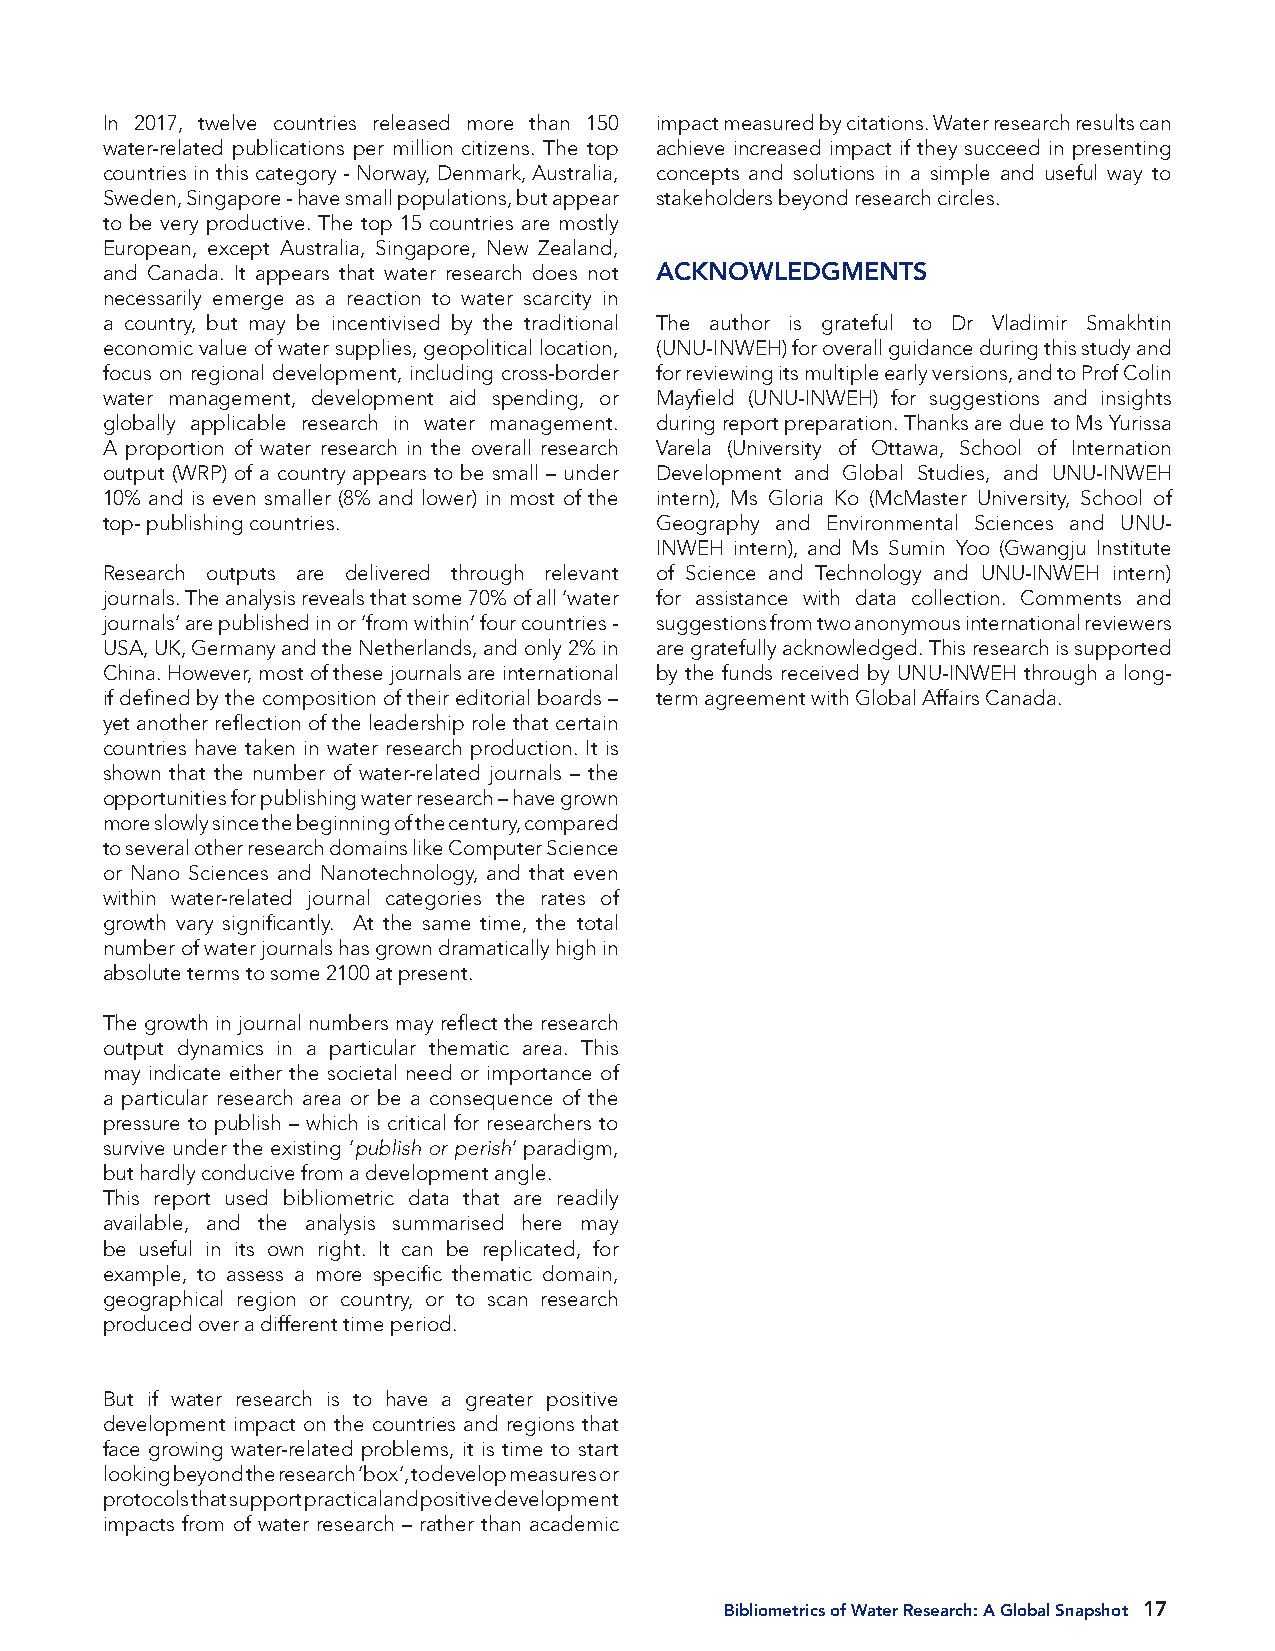
In 2017, twelve countries released more than 150 impact measured by citations. Water research results can
 water-related publications per million citizens. The top achieve increased impact if they succeed in presenting
 countries in this category - Norway, Denmark, Australia, concepts and solutions in a simple and useful way to
 Sweden, Singapore - have small populations, but appear stakeholders beyond research circles.
 to be very productive. The top 15 countries are mostly
 European, except Australia, Singapore, New Zealand,
 and Canada. It appears that water research does not ACKNOWLEDGMENTS
 necessarily emerge as a reaction to water scarcity in
 a country, but may be incentivised by the traditional The author is grateful to Dr Vladimir Smakhtin
 economic value of water supplies, geopolitical location, (UNU-INWEH) for overall guidance during this study and
 focus on regional development, including cross-border for reviewing its multiple early versions, and to Prof Colin
 water management, development aid spending, or Mayfield (UNU-INWEH) for suggestions and insights
 globally applicable research in water management. during report preparation. Thanks are due to Ms Yurissa
 A proportion of water research in the overall research Varela (University of Ottawa, School of Internation
 output (WRP) of a country appears to be small – under Development and Global Studies, and UNU-INWEH
 10% and is even smaller (8% and lower) in most of the intern), Ms Gloria Ko (McMaster University, School of
 top- publishing countries.          Geography and Environmental Sciences and UNU-
 INWEH intern), and Ms Sumin Yoo (Gwangju Institute
 Research outputs are delivered through relevant of Science and Technology and UNU-INWEH intern)
 journals. The analysis reveals that some 70% of all ‘water for assistance with data collection. Comments and
 journals’ are published in or ‘from within’ four countries - suggestions from two anonymous international reviewers
 USA, UK, Germany and the Netherlands, and only 2% in are gratefully acknowledged. This research is supported
 China. However, most of these journals are international by the funds received by UNU-INWEH through a long-
 if defined by the composition of their editorial boards – term agreement with Global Affairs Canada.
 yet another reflection of the leadership role that certain
 countries have taken in water research production. It is
 shown that the number of water-related journals – the
 opportunities for publishing water research – have grown
 more slowly since the beginning of the century, compared
 to several other research domains like Computer Science
 or Nano Sciences and Nanotechnology, and that even
 within water-related journal categories the rates of
 growth vary significantly. At the same time, the total
 number of water journals has grown dramatically high in
 absolute terms to some 2100 at present.
 The growth in journal numbers may reflect the research
 output dynamics in a particular thematic area. This
 may indicate either the societal need or importance of
 a particular research area or be a consequence of the
 pressure to publish – which is critical for researchers to
 survive under the existing ‘publish or perish’ paradigm,
 but hardly conducive from a development angle.
 This report used bibliometric data that are readily
 available, and the analysis summarised here may
 be useful in its own right. It can be replicated, for
 example, to assess a more specific thematic domain,
 geographical region or country, or to scan research
 produced over a different time period.
 But if water research is to have a greater positive
 development impact on the countries and regions that
 face growing water-related problems, it is time to start
 looking beyond the research ‘box’, to develop measures or
 protocols that support practical and positive development
 impacts from of water research – rather than academic
 Bibliometrics of Water Research: A Global Snapshot 17